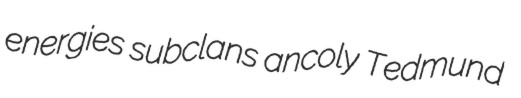
energies subclans ancoly Tedmund